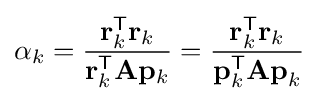
\alpha _{k}={\frac {\mathbf {r} _{k}^{\mathsf {T}}\mathbf {r} _{k}}{\mathbf {r} _{k}^{\mathsf {T}}\mathbf {A} \mathbf {p} _{k}}}={\frac {\mathbf {r} _{k}^{\mathsf {T}}\mathbf {r} _{k}}{\mathbf {p} _{k}^{\mathsf {T}}\mathbf {Ap} _{k}}}